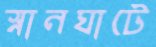
স্নানঘাটে